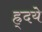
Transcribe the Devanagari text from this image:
ह्र्दये